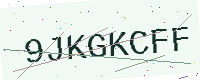
Text: 9JKGKCFF